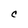
Character: C